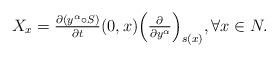
LaTeX: \begin{align*}X_{x}=\tfrac{\partial (y^{\alpha }\circ S)}{\partial t}(0,x)\Bigl(\tfrac{\partial }{\partial y^{\alpha }}\Bigr)_{s(x)},\forall x\in N.\end{align*}